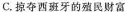
C.掠夺西班牙的殖民财富